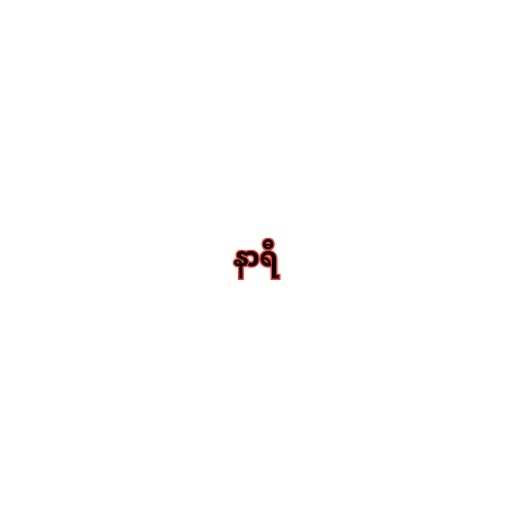
နာရီ